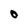
Character: O